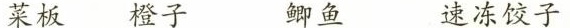
菜板 橙子 鲫鱼 速冻饺子